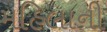
મહિલાની